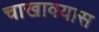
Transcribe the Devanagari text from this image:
चाखावयास